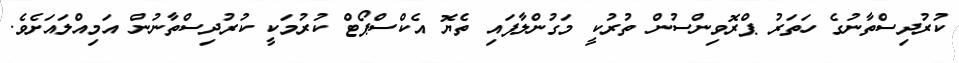
ކުރުދިސްތާނުގެ ހަތަރު ޕްރޮވިންސުން ތުރުކީ މަގުންލާފައި ތެޔޮ އެކްސްޕޯޓް ކުރުމަކީ ކުރުދިސްތާނުން އަމިއްލައަށެވެ.